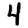
Digit: 4